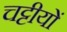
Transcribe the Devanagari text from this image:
चट्टीयों